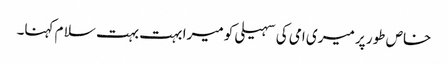
خاص طور پر میری امی کی سہیلی کو میرا بہت بہت سلا م کہنا۔